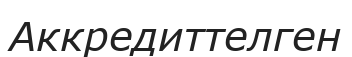
Аккредиттелген